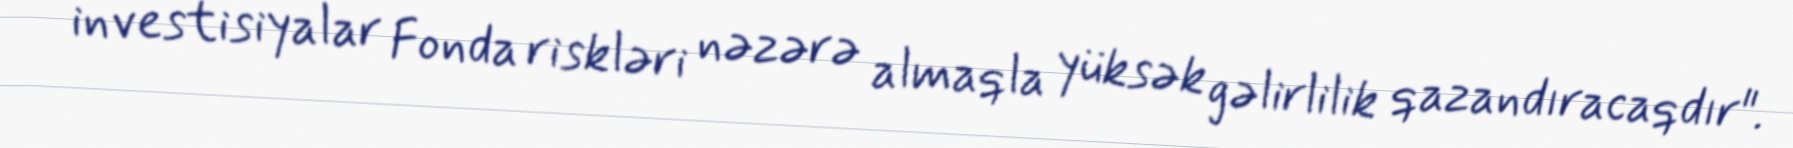
investisiyalar Fonda riskləri nəzərə almaqla yüksək gəlirlilik qazandıracaqdır".